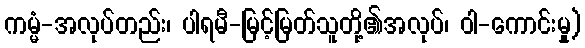
ကမ္မံ-အလုပ်တည်း၊ ပါရမီ-မြင့်မြတ်သူတို့၏အလုပ်၊ ဝါ-ကောင်းမှု)